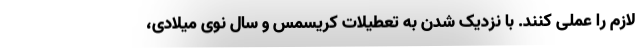
لازم را عملی کنند. با نزدیک شدن به تعطیلات کریسمس و سال نوی میلادی،